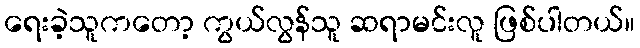
ရေးခဲ့သူကတော့ ကွယ်လွန်သူ ဆရာမင်းလူ ဖြစ်ပါတယ်။